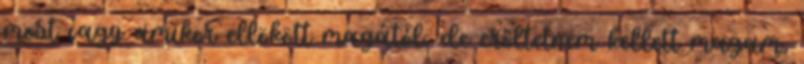
most vagy amikor ellökött magától, de erőltetnem kellett magam,